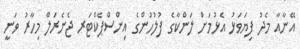
އޭނާއާ މެދު ފިޔަވަޅު އެޅުމަށް ލަންކާގެ ފުލުހުންގެ އިންސްޕެކްޓަރ ޖެނެރަލް މިހާރު ވަނީ